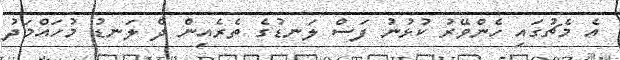
އެ މެޗުގައި ހެންވޭރު ކުޅުނު ފަސް ލަނޑުގެ ތެރެއިން ދެ ލަނޑު މުހައްމަދު